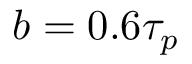
b = 0 . 6 \tau _ { p }